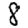
Digit: 8